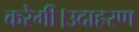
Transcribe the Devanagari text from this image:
करेगी।उदाहरण